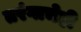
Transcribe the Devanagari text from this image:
तरंगाचेही